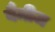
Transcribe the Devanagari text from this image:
वैमीज